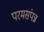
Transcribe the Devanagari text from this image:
परमसंपन्न